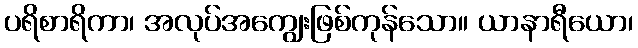
ပရိစာရိကာ၊ အလုပ်အကျွေးဖြစ်ကုန်သော။ ယာနာရီယော၊